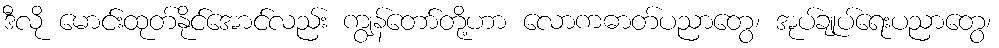
ဒီလို မောင်းထုတ်နိုင်အောင်လည်း ကျွန်တော်တို့ဟာ လောကဓာတ်ပညာတွေ၊ အုပ်ချုပ်ရေးပညာတွေ၊